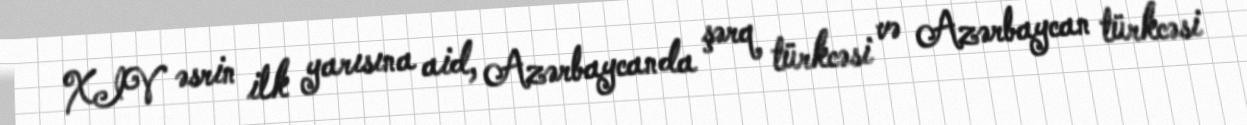
XIV əsrin ilk yarısına aid, Azərbaycanda şərq türkcəsi və Azərbaycan türkcəsi